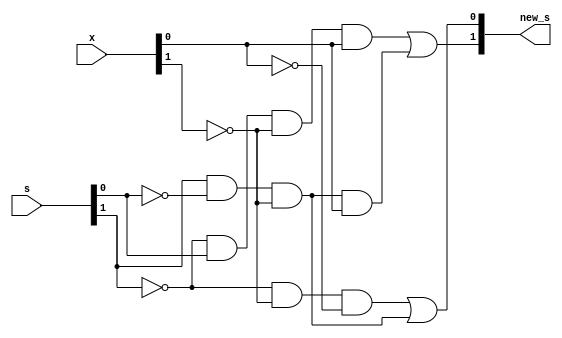
module sigma(output [1:2]new_s, input [1:2]x, input [1:2]s);

	assign new_s[1] =( ~s[1] & s[2] & ~x[1] & x[2] ) | (s[1] & ~s[2] & ~x[1] & x[2]);
	assign new_s[2] = ( ~s[1] & ~x[1] & ~x[2]) | (s[1] & ~s[2] & ~x[1]);

endmodule